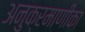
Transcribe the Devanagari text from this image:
अनुक्रमाणीका